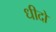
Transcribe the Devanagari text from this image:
धीदो